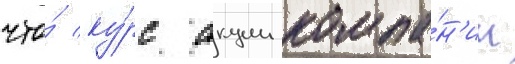
что́ ку́рс акции компа́н'ии